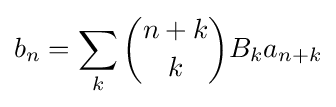
b_{n}=\sum _{k}{\binom {n+k}{k}}B_{k}a_{n+k}